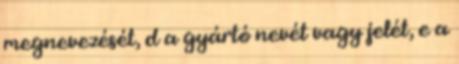
megnevezését, d a gyártó nevét vagy jelét, e a